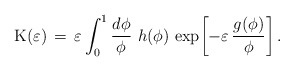
\begin{align*}{\rm K}(\varepsilon) \,=\, \varepsilon \int_0^1\frac{d\phi}{\phi}\,\,h(\phi)\,\exp{\!\left[-\varepsilon\,\frac{g(\phi)}{\phi}\right]}\,.\end{align*}